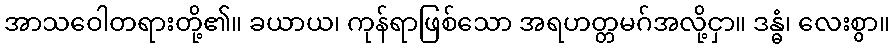
အာသဝေါတရားတို့၏။ ခယာယ၊ ကုန်ရာဖြစ်သော အရဟတ္တမဂ်အလို့ငှာ။ ဒန္ဓံ၊ လေးစွာ။